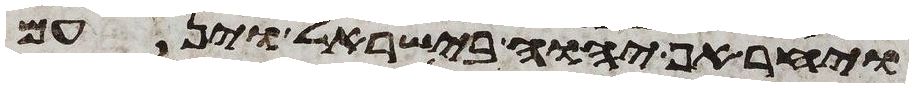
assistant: ויחר אף יהוה בישראל וינעם